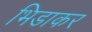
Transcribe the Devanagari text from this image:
भिडाकर